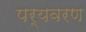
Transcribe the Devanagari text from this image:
पर्यवरण